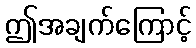
ဤအချက်ကြောင့်